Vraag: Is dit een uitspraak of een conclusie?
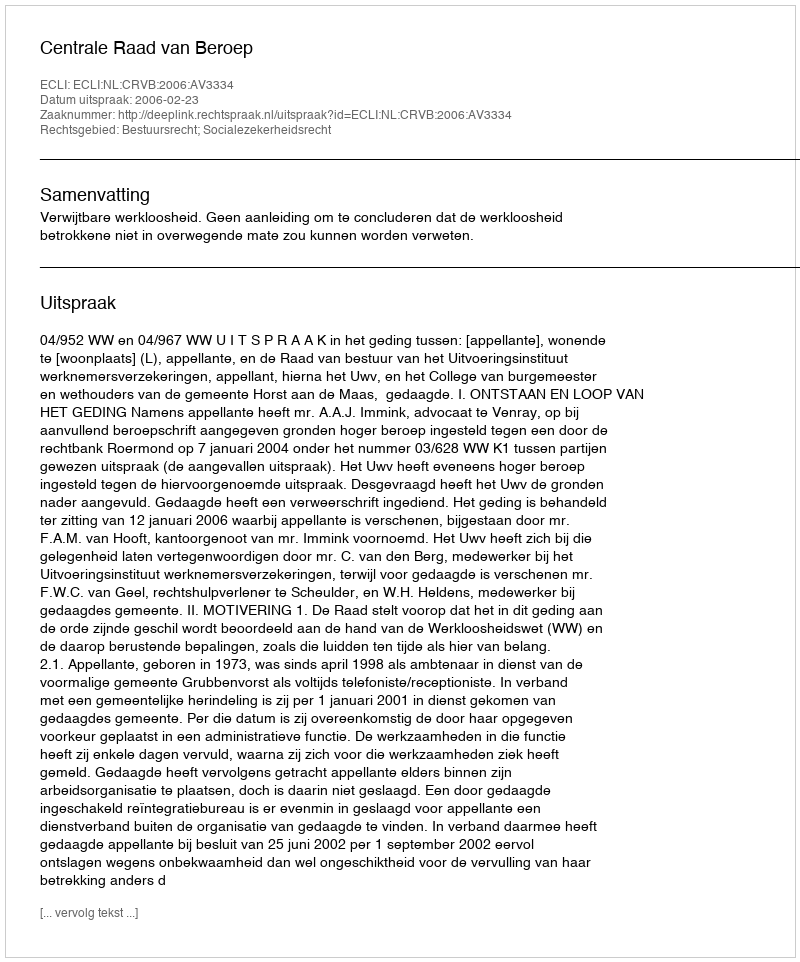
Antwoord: Uitspraak